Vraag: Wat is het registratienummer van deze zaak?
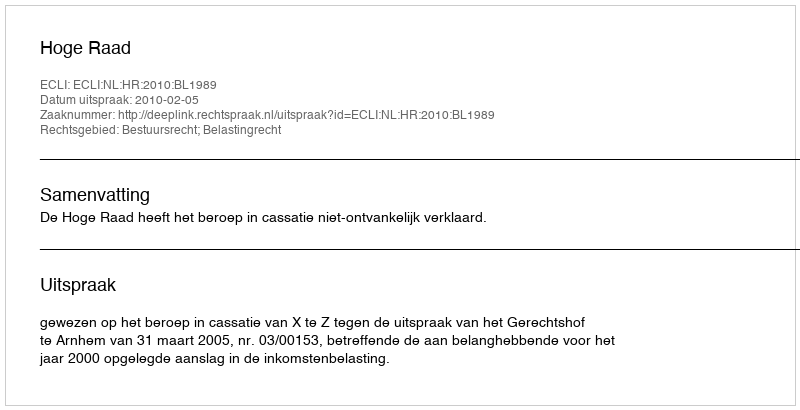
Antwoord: http://deeplink.rechtspraak.nl/uitspraak?id=ECLI:NL:HR:2010:BL1989